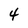
Character: 4